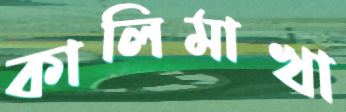
কালিমাখা